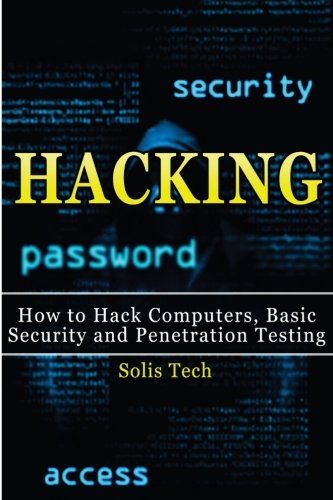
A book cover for Hacking: How to Hack Computers, Basic Security and Penetration Testing; Solis Tech; Computers & Technology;